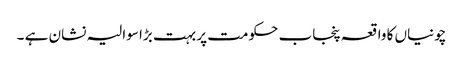
چونیاں کا واقعہ پنجاب حکومت پر بہت بڑا سوالیہ نشان ہے ۔